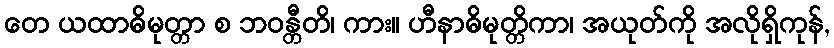
တေ ယထာဓိမုတ္တာ စ ဘဝန္တီတိ၊ ကား။ ဟီနာဓိမုတ္တိကာ၊ အယုတ်ကို အလိုရှိကုန်,